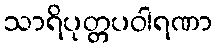
သာရိပုတ္တပဝါရဏာ